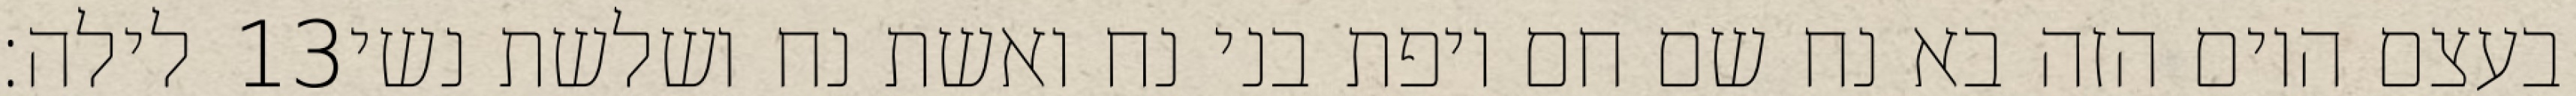
לילה׃ ‎13‏ בעצם היום הזה בא נח שם חם ויפת בני נח ואשת נח ושלשת נשי